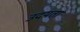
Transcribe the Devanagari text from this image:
उदयता